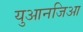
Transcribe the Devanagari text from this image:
युआनजिआ